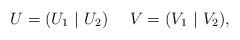
LaTeX: \begin{align*}U=( U_1 \ | \ U_2 ) \ \ \ \ V=( V_1 \ | \ V_2 ),\end{align*}